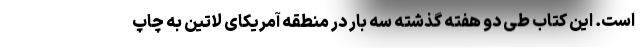
است. این کتاب طی دو هفته گذشته سه بار در منطقه آمریکای لاتین به چاپ